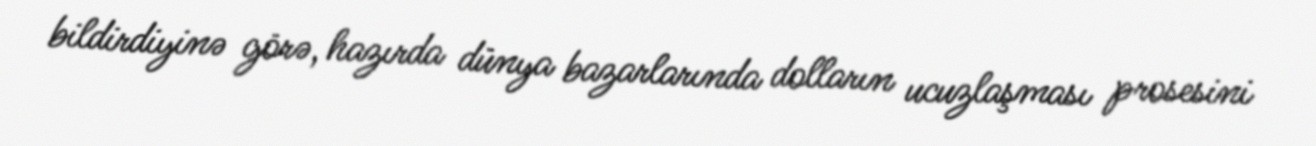
bildirdiyinə görə, hazırda dünya bazarlarında dolların ucuzlaşması prosesini